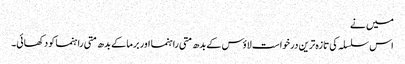
میں نے
اس سلسلہ کی تازہ ترین درخواست لاؤس کے بدھ متی راہنما اور برما کے بدھ متی راہنما کو دکھائی۔